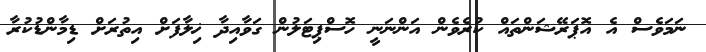
ނަމަވެސް އެ އޮޕަރޭޝަންތައް ކުރެވެން އަންނަނީ ހޮސްޕިޓަލުން ގަވާއިދާ ޚިލާފަށް އިތުރަށް ޑިމާންޑުކުރާ